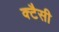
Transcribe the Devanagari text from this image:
क्टैसी